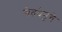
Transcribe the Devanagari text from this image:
श्वेतधेनूचे